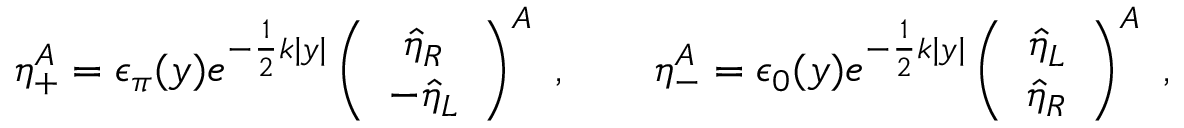
\eta _ { + } ^ { A } = \epsilon _ { \pi } ( y ) e ^ { - \frac { 1 } { 2 } k | y | } \left( \begin{array} { c } { { \hat { \eta } _ { R } } } \\ { { - \hat { \eta } _ { L } } } \end{array} \right) ^ { A } \ , \qquad \eta _ { - } ^ { A } = \epsilon _ { 0 } ( y ) e ^ { - \frac { 1 } { 2 } k | y | } \left( \begin{array} { c } { { \hat { \eta } _ { L } } } \\ { { \hat { \eta } _ { R } } } \end{array} \right) ^ { A } \ ,